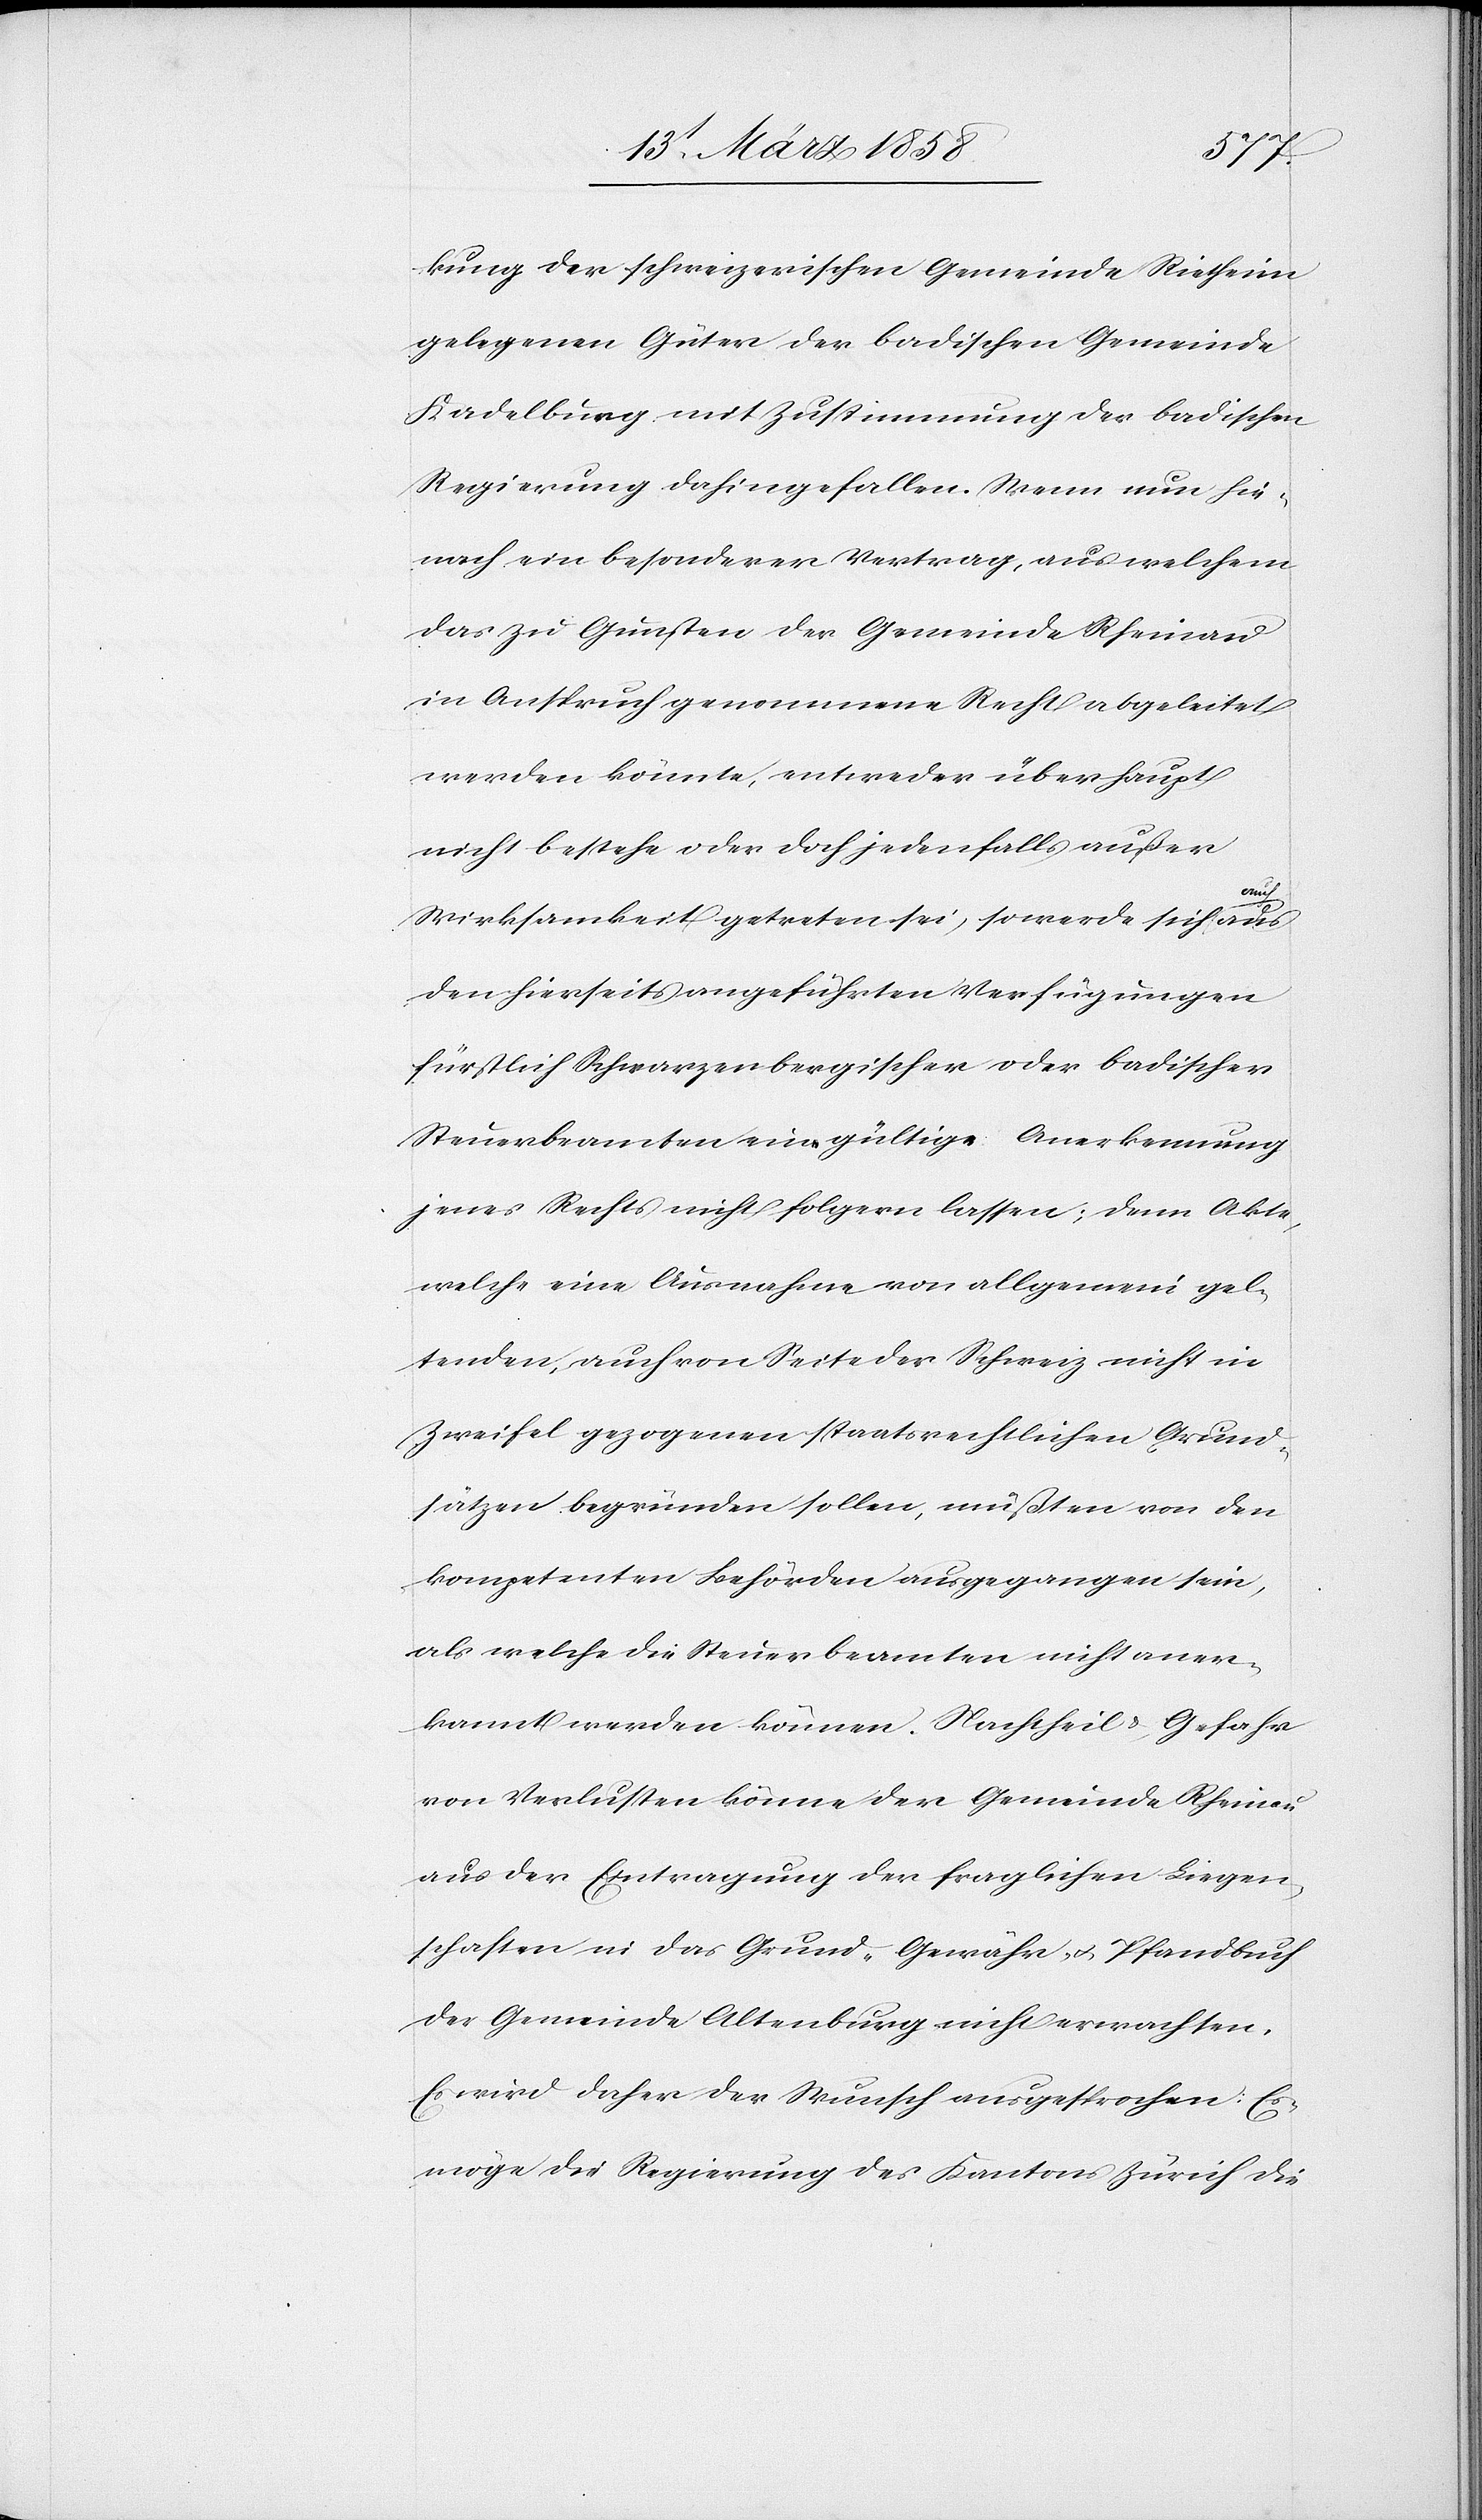
kung der schweizerischen Gemeinde Rietheim
gelegenen Güter der badischen Gemeinde
Kadelburg mit Zustimmung der badischen
Regierung dahingefallen. Wenn nun hie¬
nach ein besonderer Vertrag, aus welchem
das zu Gunsten der Gemeinde Rheinau
in Anspruch genommene Recht abgeleitet
werden könnte, entweder überhaupt
nicht bestehe oder doch jedenfalls außer
Wirksamkeit getreten sei, so werde sich auch
den hierseits angeführten Verfügungen
fürstlich Schwarzenbergischer oder badischer
Steuerbeamten eine gültige Anerkennung
jenes Rechts nicht folgern lassen; denn Akten,
welche eine Ausnahme von allgemein gel¬
tenden, auch von Seite der Schweiz nicht in
Zweifel gezogenen staatsrechtlichen Grund¬
sätzen begründen sollen, müßten von den
kompetenten Behörden ausgegangen sein,
als welche die Steuerbeamten nicht aner¬
kannt werden können. Nachtheils-Gefahr
von Verlusten könne der Gemeinde Rheinau
aus der Eintragung der fraglichen Liegen¬
schaften in das Grund-[,] Gewähr- u. Pfandbuch
der Gemeinde Altenburg nicht erwachsen.
Es wird daher der Wunsch ausgesprochen: Es
möge die Regierung des Kantons Zürich die